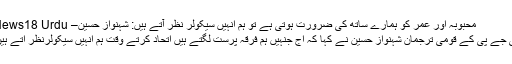
محبوبہ اور عمر کو ہمارے ساتھ کی ضرورت ہوتی ہے تو ہم انہیں سیکولر نظر آتے ہیں: شہنواز حسین– News18 Urdu
بی جے پی کے قومی ترجمان شہنواز حسین نے کہا کہ آج جنہیں ہم فرقہ پرست لگتے ہیں اتحاد کرتے وقت ہم انہیں سیکولرنظر آتے ہیں۔